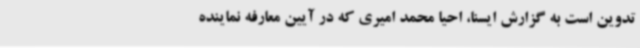
تدوین است به گزارش ایسنا، احیا محمد امیری که در آیین معارفه نماینده